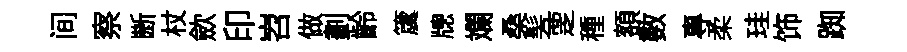
间察㫁杖歛印岧做劃齡𥵂牕斕桑髣覂種額數專柔珪饰踟